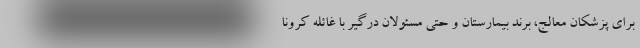
برای پزشکان معالج، برند بیمارستان و حتی مسئولان درگیر با غائله کرونا